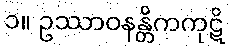
၁။ ဥဿာဝနန္တိကကုဋိ